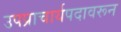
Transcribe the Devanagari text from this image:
उपप्राचार्यपदावरून